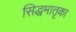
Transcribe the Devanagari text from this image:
सिद्धमातृका